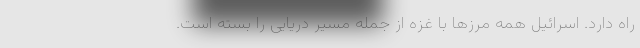
راه دارد. اسرائیل همه مرزها با غزه از جمله مسیر دریایی را بسته است.